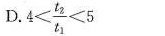
D.$$4 < \frac { t _ { 2 } } { t _ { 1 } } < 5$$